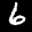
Label: 6